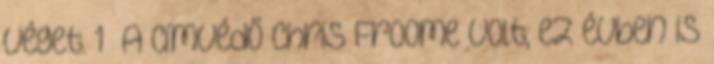
véget. 1 A címvédő Chris Froome volt, ez évben is